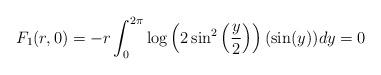
LaTeX: \begin{align*} F_{1}(r,0) & = -r\int_{0}^{2\pi} \log\left(2\sin^{2}\left(\frac{y}{2}\right)\right)(\sin(y))dy = 0\end{align*}